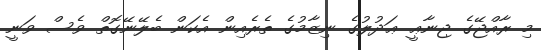
މި ރާއްޖޭގެ ޖިނާޢީ ޢަދުލުގެ ނިޒާމުގެ ތެރެއިން އެކަން ބެލޭނޭގޮތް ވެސް ވަނީ